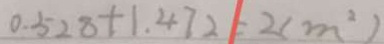
0 . 5 2 8 + 1 . 4 7 2 = 2 ( m ^ { 2 } )